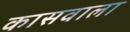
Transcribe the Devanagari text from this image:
कासवाला